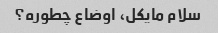
سلام مایکل، اوضاع چطوره؟